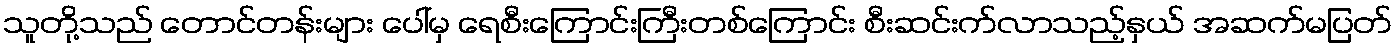
သူတို့သည် တောင်တန်းများ ပေါ်မှ ရေစီးကြောင်းကြီးတစ်ကြောင်း စီးဆင်းက်လာသည့်နှယ် အဆက်မပြတ်